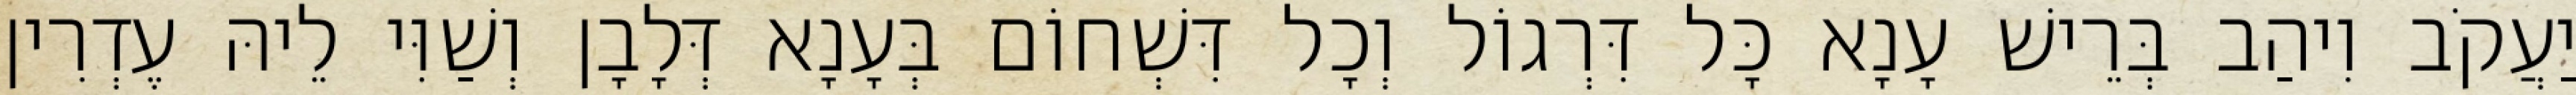
יַעֲקֹב וִיהַב בְּרֵישׁ עָנָא כָּל דִּרְגוֹל וְכָל דִּשְׁחוֹם בְּעָנָא דְּלָבָן וְשַׁוִּי לֵיהּ עֶדְרִין